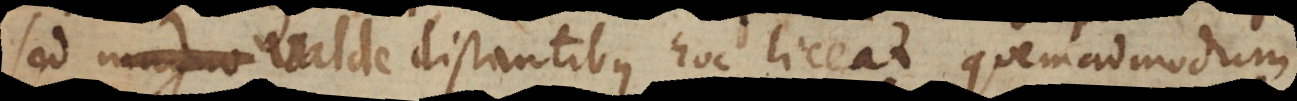
sed valde distantibus hoc liceat, quemadmodum